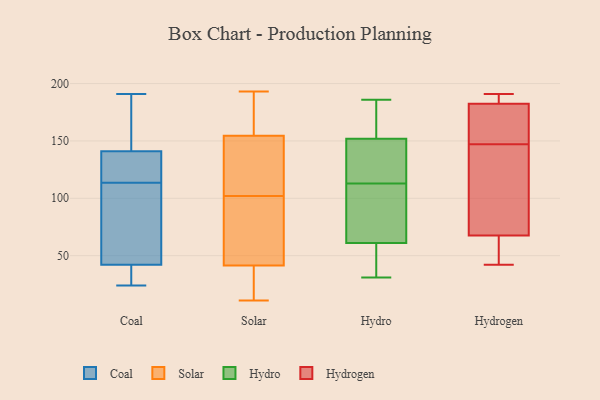
{"axis": {"x": "LTV (USD)", "y": "Value"}, "legend": ["Coal", "Hydro", "Hydrogen", "Solar"], "data": [{"x": "", "y": 135, "type": "Coal"}, {"x": "", "y": 42, "type": "Coal"}, {"x": "", "y": 96, "type": "Coal"}, {"x": "", "y": 24, "type": "Coal"}, {"x": "", "y": 58, "type": "Coal"}, {"x": "", "y": 111, "type": "Coal"}, {"x": "", "y": 27, "type": "Coal"}, {"x": "", "y": 93, "type": "Coal"}, {"x": "", "y": 35, "type": "Coal"}, {"x": "", "y": 182, "type": "Coal"}, {"x": "", "y": 141, "type": "Coal"}, {"x": "", "y": 189, "type": "Coal"}, {"x": "", "y": 116, "type": "Coal"}, {"x": "", "y": 191, "type": "Coal"}, {"x": "", "y": 24, "type": "Coal"}, {"x": "", "y": 122, "type": "Coal"}, {"x": "", "y": 143, "type": "Coal"}, {"x": "", "y": 123, "type": "Coal"}, {"x": "", "y": 165, "type": "Solar"}, {"x": "", "y": 76, "type": "Solar"}, {"x": "", "y": 56, "type": "Solar"}, {"x": "", "y": 118, "type": "Solar"}, {"x": "", "y": 14, "type": "Solar"}, {"x": "", "y": 126, "type": "Solar"}, {"x": "", "y": 69, "type": "Solar"}, {"x": "", "y": 102, "type": "Solar"}, {"x": "", "y": 193, "type": "Solar"}, {"x": "", "y": 151, "type": "Solar"}, {"x": "", "y": 174, "type": "Solar"}, {"x": "", "y": 11, "type": "Solar"}, {"x": "", "y": 31, "type": "Solar"}, {"x": "", "y": 109, "type": "Solar"}, {"x": "", "y": 187, "type": "Solar"}, {"x": "", "y": 13, "type": "Solar"}, {"x": "", "y": 45, "type": "Solar"}, {"x": "", "y": 40, "type": "Hydro"}, {"x": "", "y": 87, "type": "Hydro"}, {"x": "", "y": 80, "type": "Hydro"}, {"x": "", "y": 176, "type": "Hydro"}, {"x": "", "y": 130, "type": "Hydro"}, {"x": "", "y": 122, "type": "Hydro"}, {"x": "", "y": 61, "type": "Hydro"}, {"x": "", "y": 186, "type": "Hydro"}, {"x": "", "y": 152, "type": "Hydro"}, {"x": "", "y": 166, "type": "Hydro"}, {"x": "", "y": 31, "type": "Hydro"}, {"x": "", "y": 119, "type": "Hydro"}, {"x": "", "y": 34, "type": "Hydro"}, {"x": "", "y": 107, "type": "Hydro"}, {"x": "", "y": 63, "type": "Hydrogen"}, {"x": "", "y": 81, "type": "Hydrogen"}, {"x": "", "y": 42, "type": "Hydrogen"}, {"x": "", "y": 147, "type": "Hydrogen"}, {"x": "", "y": 143, "type": "Hydrogen"}, {"x": "", "y": 150, "type": "Hydrogen"}, {"x": "", "y": 184, "type": "Hydrogen"}, {"x": "", "y": 191, "type": "Hydrogen"}, {"x": "", "y": 178, "type": "Hydrogen"}, {"x": "", "y": 43, "type": "Hydrogen"}, {"x": "", "y": 185, "type": "Hydrogen"}]}